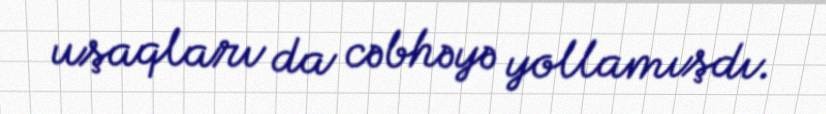
uşaqları da cəbhəyə yollamışdı.